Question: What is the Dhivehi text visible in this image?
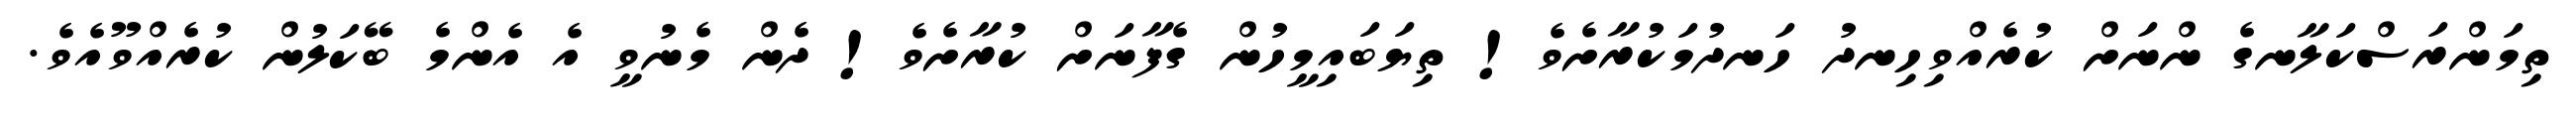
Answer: ތިމަންރަސްކަލާނގެ ންނަށް ކުރެއްވިހިނދު ހަނދުމަކުރާށެވެ! ތިޔަބައިމީހުން ގެފާނަށް ކުރާށެވެ! ދެން މެނުވީ އެ އެންމެ ބޭކަލުން ކުރެއްވޫއެވެ.